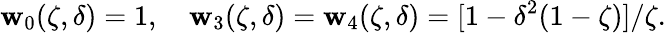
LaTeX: \mathbf{w}_{0}(\zeta,\delta)=1,\quad\mathbf{w}_{3}(\zeta,\delta)=\mathbf{w}_{4}(\zeta,\delta)=[1-\delta^{2}(1-\zeta)]/\zeta.